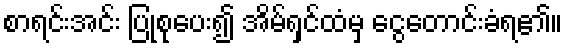
စာရင်းအင်း ပြုစုပေး၍ အိမ်ရှင်ထံမှ ငွေတောင်းခံရ၏။